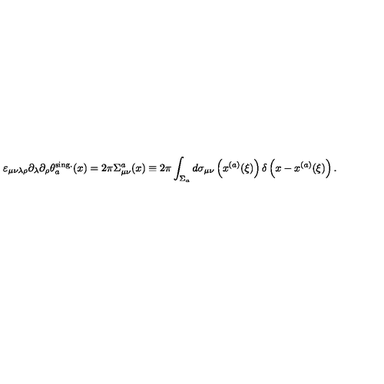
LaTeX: \varepsilon _ { \mu \nu \lambda \rho } \partial _ { \lambda } \partial _ { \rho } \theta _ { a } ^ { \mathrm { s i n g . } } ( x ) = 2 \pi \Sigma _ { \mu \nu } ^ { a } ( x ) \equiv 2 \pi \int _ { \Sigma _ { a } } ^ { } d \sigma _ { \mu \nu } \left( x ^ { ( a ) } ( \xi ) \right) \delta \left( x - x ^ { ( a ) } ( \xi ) \right) .